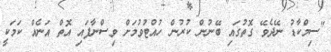
"ސިމްކާޑު ނޭދެވޭ ގޮތުގައި ބޭނުން ކުރުން ހުއްޓުވުމަށް ވިސްނާފައި އޮތް އަނެއް ކަމަކީ